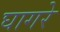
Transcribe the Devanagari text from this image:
घागरे